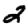
Digit: 2